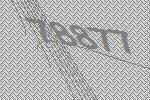
78877